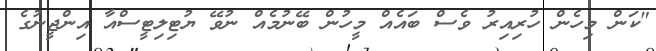
"ކަން މިހެން ހުރިއިރު ވެސް ބައެއް މީހުން ބޭނުމެއް ނުވޭ ޔުޓިލިޓީސްއާ އިންޖީނުގެ